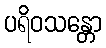
ပရိဝသန္တော